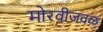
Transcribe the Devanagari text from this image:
मोरवीजवळ